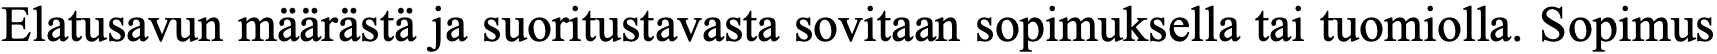
Elatusavun määrästä ja suoritustavasta sovitaan sopimuksella tai tuomiolla. Sopimus